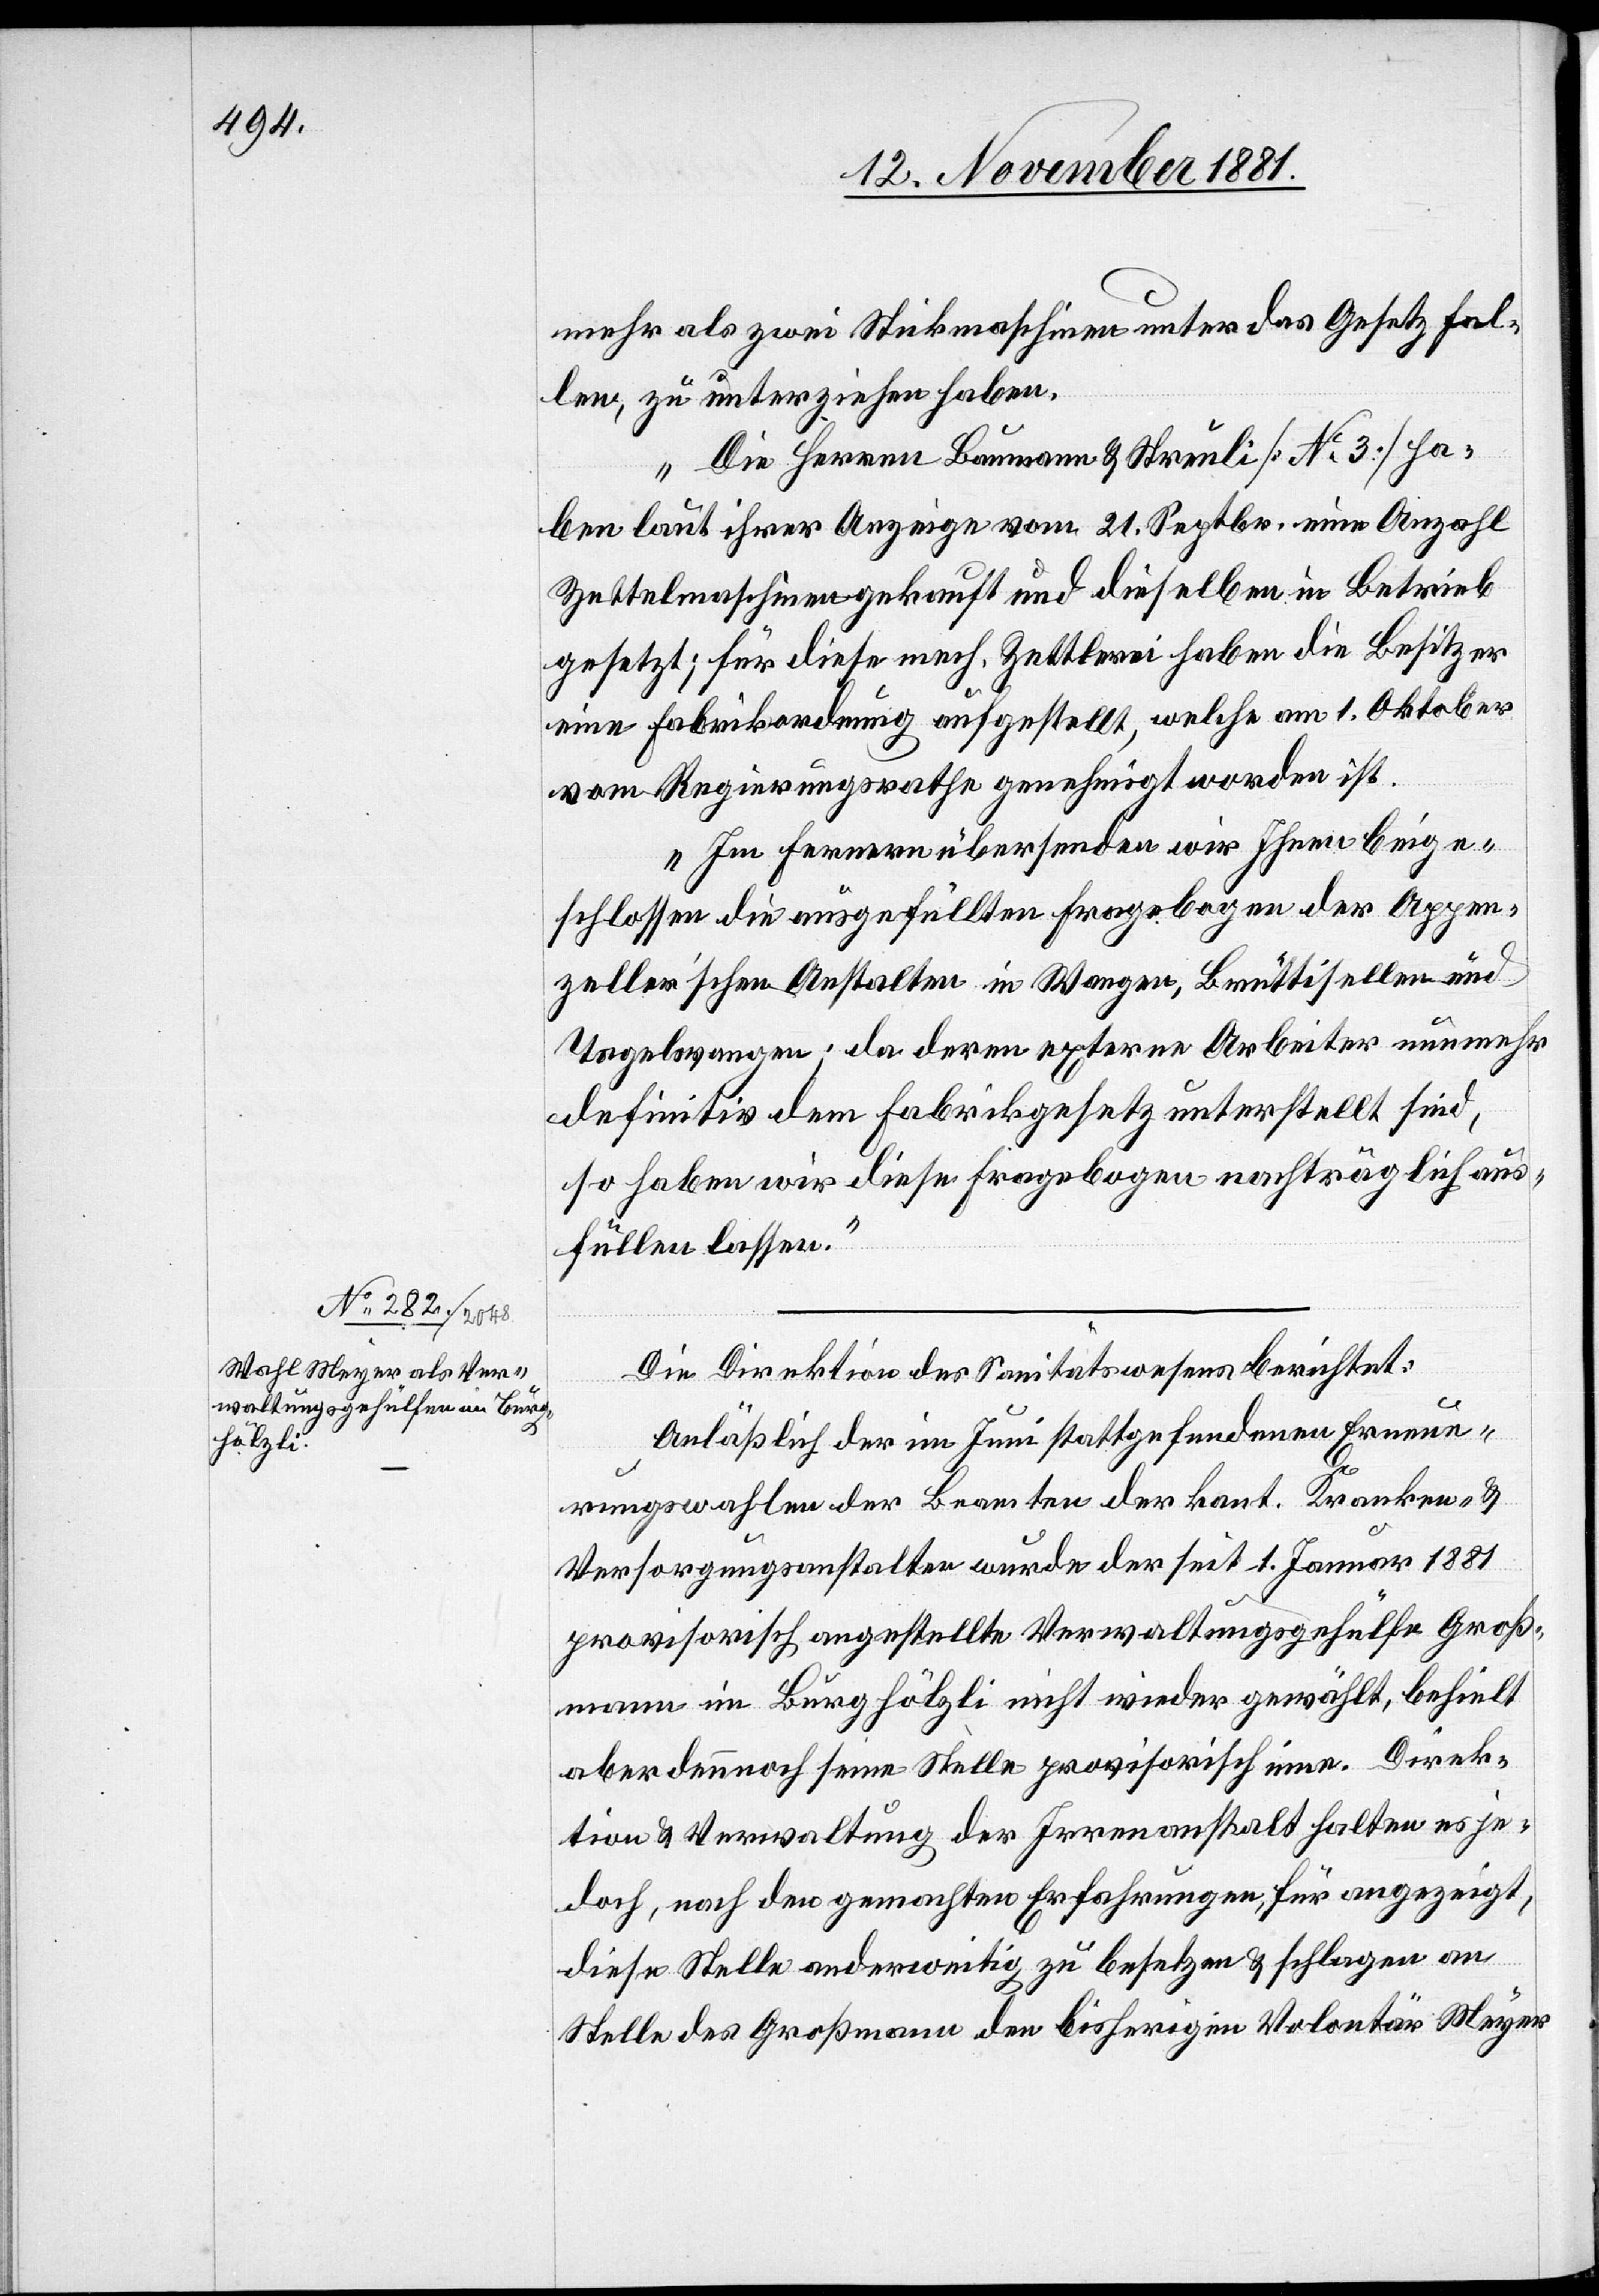
mehr als zwei Strickmaschinen unter das Gesetz fal¬
len, zu unterziehen haben.
Die Herren Baumann & Streuli [No 3] ha¬
ben laut ihrer Anzeige vom 21. Septbr. eine Anzahl
Zettelmaschinen gekauft und dieselben in Betrieb
gesetzt; für diese mech. Zettlerei haben die Besitzer
eine Fabrikordnung aufgestellt, welche am 1. Oktober
vom Regierungsrathe genehmigt worden ist.
Im Fernern übersenden wir Ihnen beige¬
schlossen die ausgefüllten Fragebogen der Appen¬
zeller’schen Anstalten in Wangen, Brüttisellen und
Tagelswangen; da deren externe Arbeiter nunmehr
definitiv dem Fabrikgesetz unterstellt sind,
so haben wir diese Fragebogen nachträglich aus¬
füllen lassen.“
Die Direktion des Sanitätswesens berichtet:
Anläßlich der im Juni stattgefundenen Erneue¬
rungswahlen der Beamten der kant. Kranken- &
Versorgungsanstalten wurde der seit 1. Januar 1881
provisorisch angestellte Verwaltungsgehülfe Groß¬
mann im Burghölzli nicht wieder gewählt, behielt
aber dennoch seine Stelle provisorisch inne. Direk¬
tion & Verwaltung der Irrenanstalt halten es je¬
doch, nach den gemachten Erfahrungen, für angezeigt,
diese Stelle anderweitig zu besetzen & schlagen an
Stelle des Großmann den bisherigen Volontär Meyer